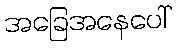
အခြေအနေပေါ်